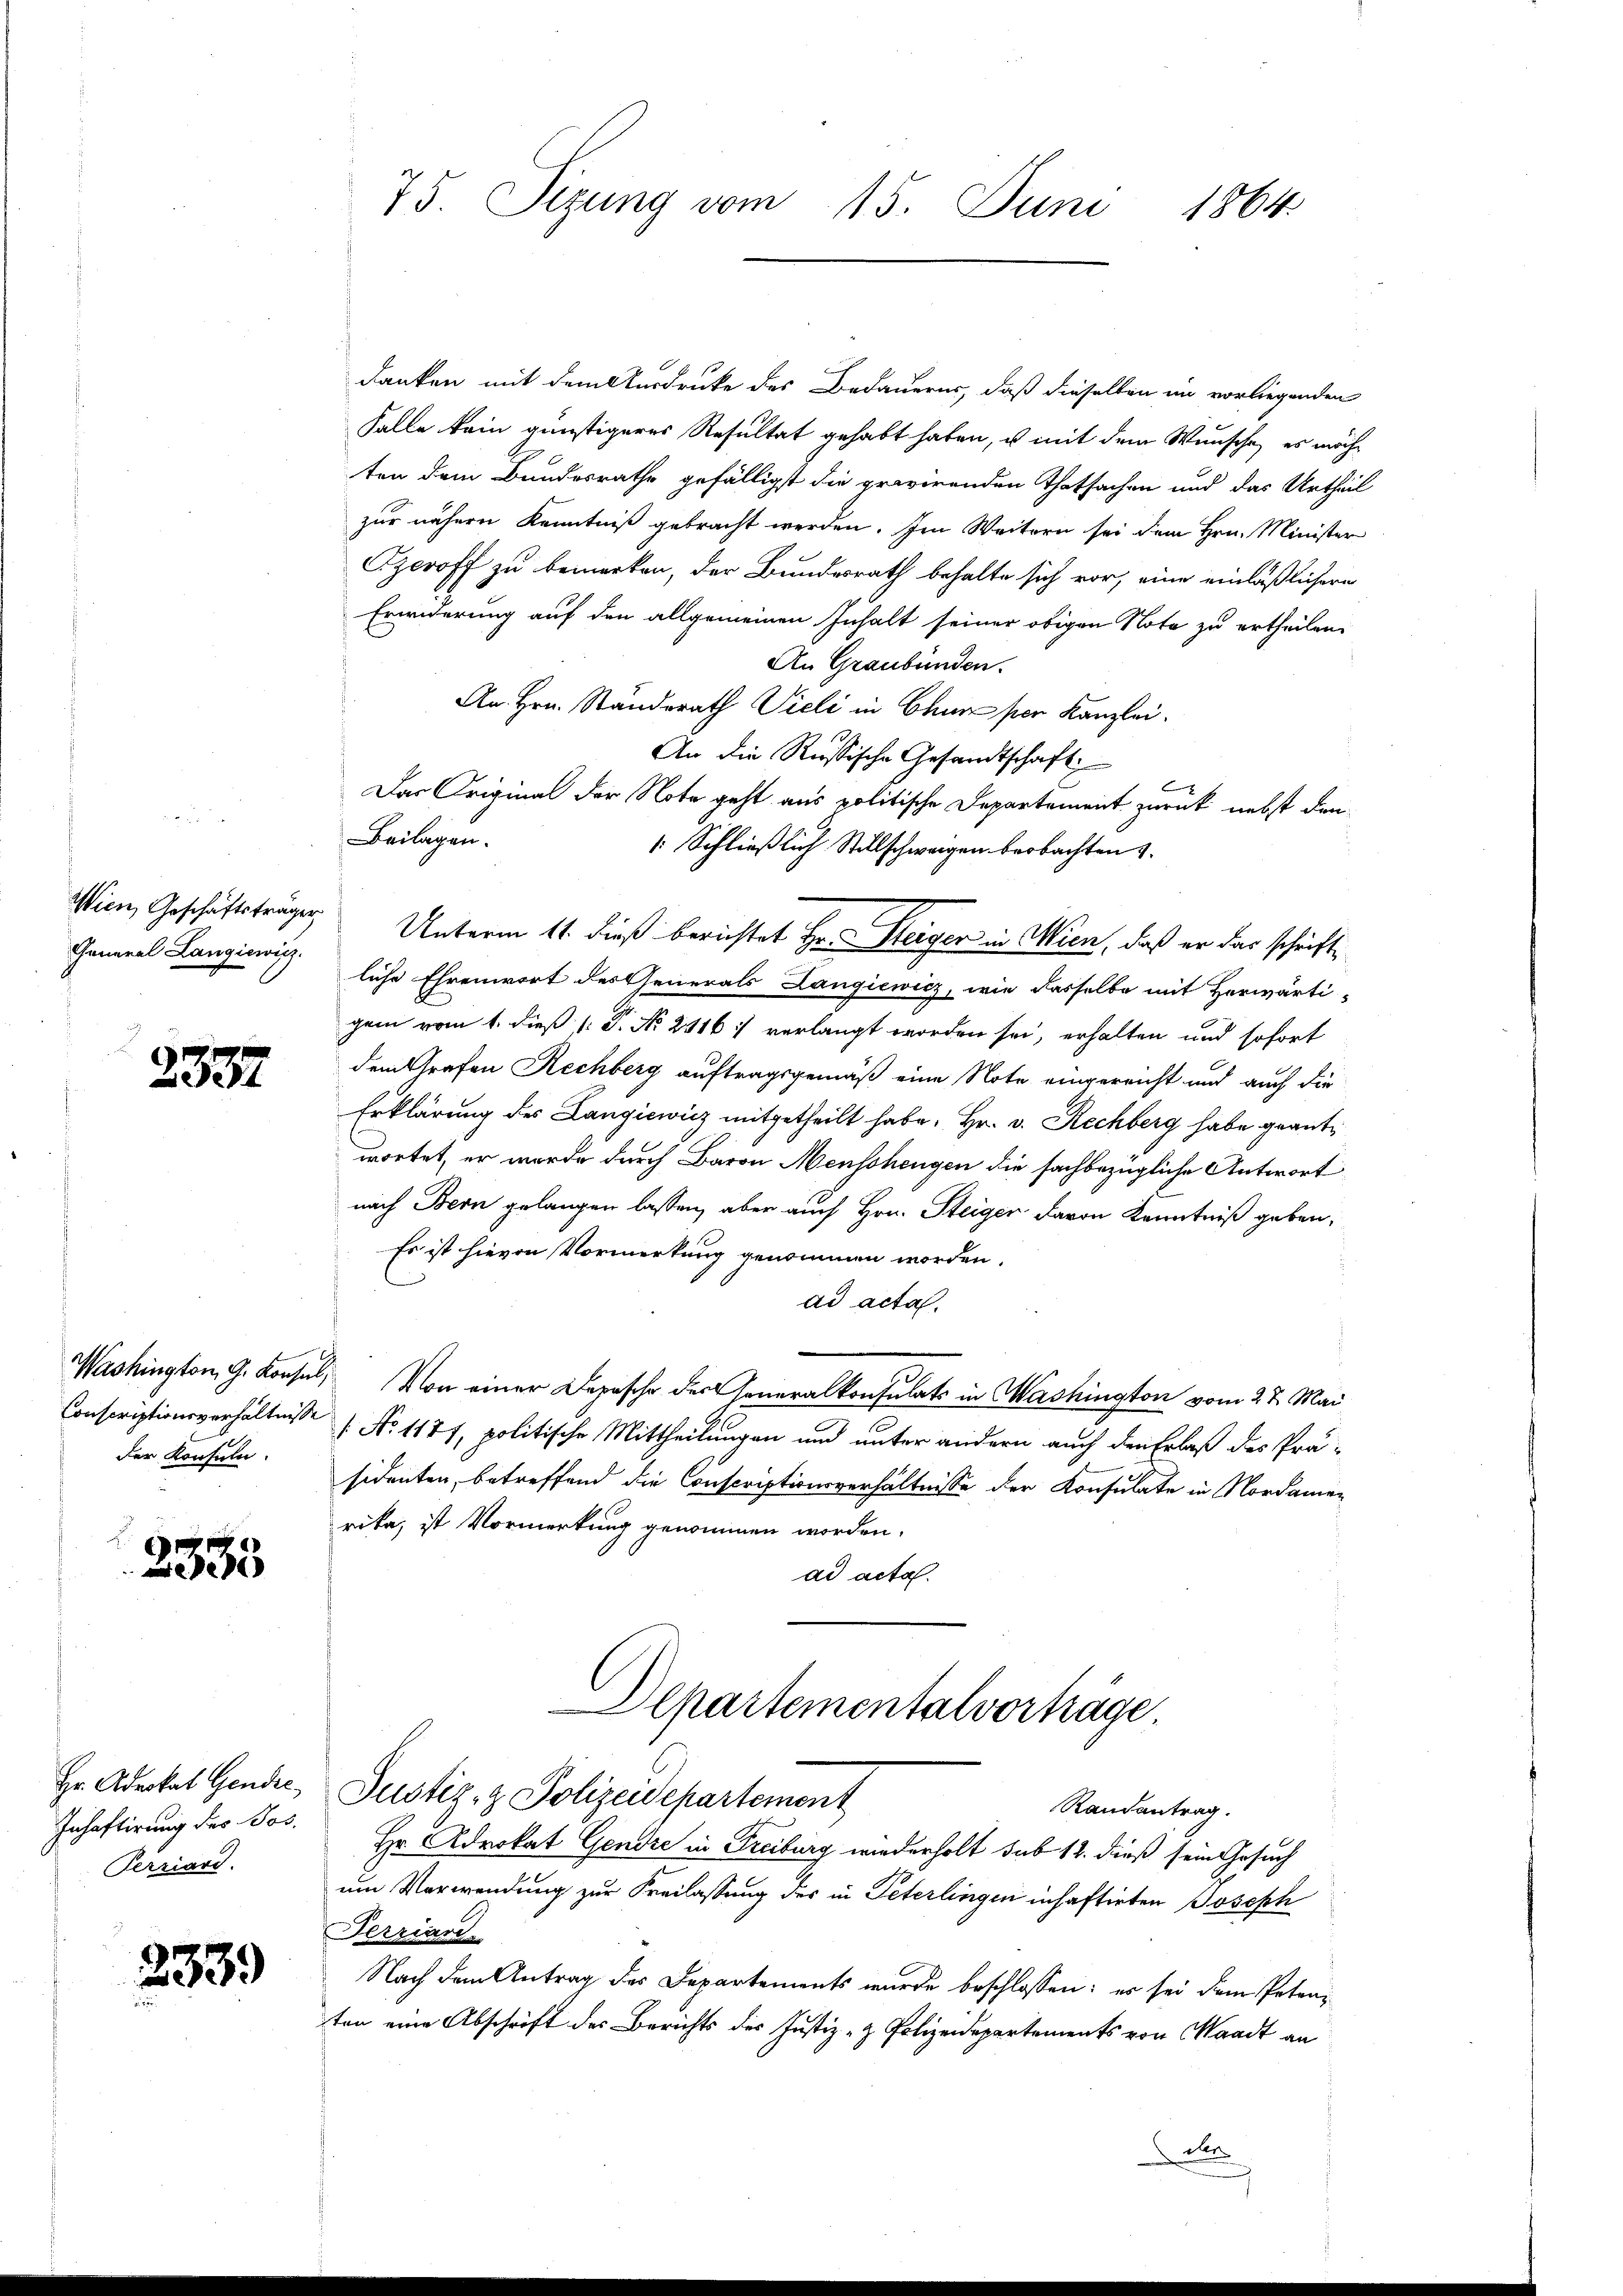
General Langiewicz

2334

der Konsuln.

2335

Hr. Advokat Gendre
Inhaftirung des Bos.
Perriard.

2339

danken mit dem Ausdrucke des Bedauerns, daß dieselben im vorliegenden
Falle kein günstigeres Resultat gehabt haben, u mit dem Wunsche, es möchten dem Bundesrathe gefälligst die provirenden Thatsachen und das Urtheil
zur nähern Kenntniß gebracht werden. Im Weitern sei dem Hrn. Minister
Gzeroff zu bemerken, der Bundesrath behalte sich vor, eine einläßlichere
Erwiderung auf den allgemeinen Inhalt seiner obigen Note zu ertheilen.
An Graubünden.
An Hrn. Standerath Vieli in Chur per Kanzlei.
An die Russische Gesandtschaft
Das Original der Note geht aus politische Departement zurück nebst den
Beilagen.
 Schließlich Stillschweigen beobachten
Wien, Geschäftsträger Unterm 11. dieß berichtet Hr. Steiger in Wien, daß er das schriftliche Ehrenwort des Generals Langiewicz, wie dasselbe mit Herwärti-
gem vom 1. dieß (: P. No 2116: verlangt worden sei, erhalten und sofort
dem Grafen Rechberg auftragsgemäß eine Note eingereicht und auch die
Erklärung des Langiewicz mitgetheilt habe, Hr. v. Rechberg habe geantwortet, er werde durch Baron Menschengen die sachbezügliche Antwort
nach Bern gelangen lassen, aber auch Hrn. Steiger davon Kenntniß geben,
Es ist hievon Vormerkung genommen worden.
ad acta.
Washington G. Konsul, Von einer Depesche der Generalkonsulats in Washington vom 27. Mai
Conscriptionsverhältnis No 1177, politische Mittheilungen und unter andern auch den Erlaß des Prä-
sidenten, betreffend die Conscriptionsverhältnisse der Konsulate in Nordamen
rika, ist Vormerkung genommen worden.
ad acta.
Departementalvorträge.
Justiz- & Polizeidepartement
Randantrag.
Hr. Advokat Gendre in Freiburg wiederholt sub 12. dieß sein Gesuch
um Verwendung zur Freilassung des in Peterlingen inhaftirten Joseph
Derziari
Nach dem Antrag des Departements wurde beschlossen: es sei dem Petenten eine Abschrift des Berichts des Justiz- & Polizeidepartements von Waadt an

75. Sizung vom 15. Juni 1864